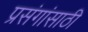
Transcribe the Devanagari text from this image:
प्रसंगांसाठी